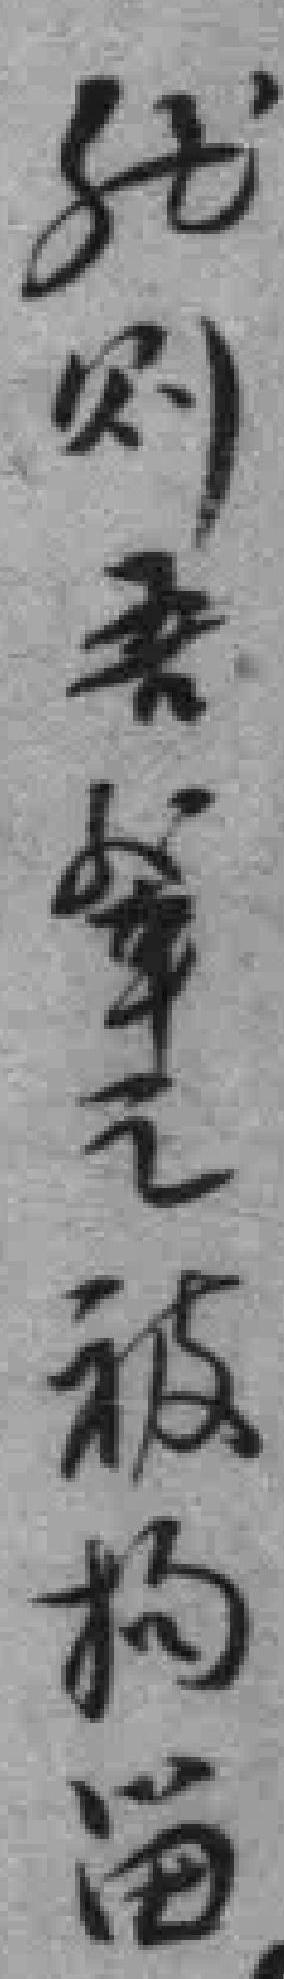
然则吾軰之被拘畄